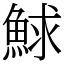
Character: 鯄